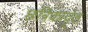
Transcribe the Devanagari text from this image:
छत्रिकावृंत